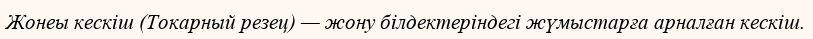
Жонеы кескіш (Токарный резец) — жону білдектеріндегі жүмыстарға арналған кескіш.